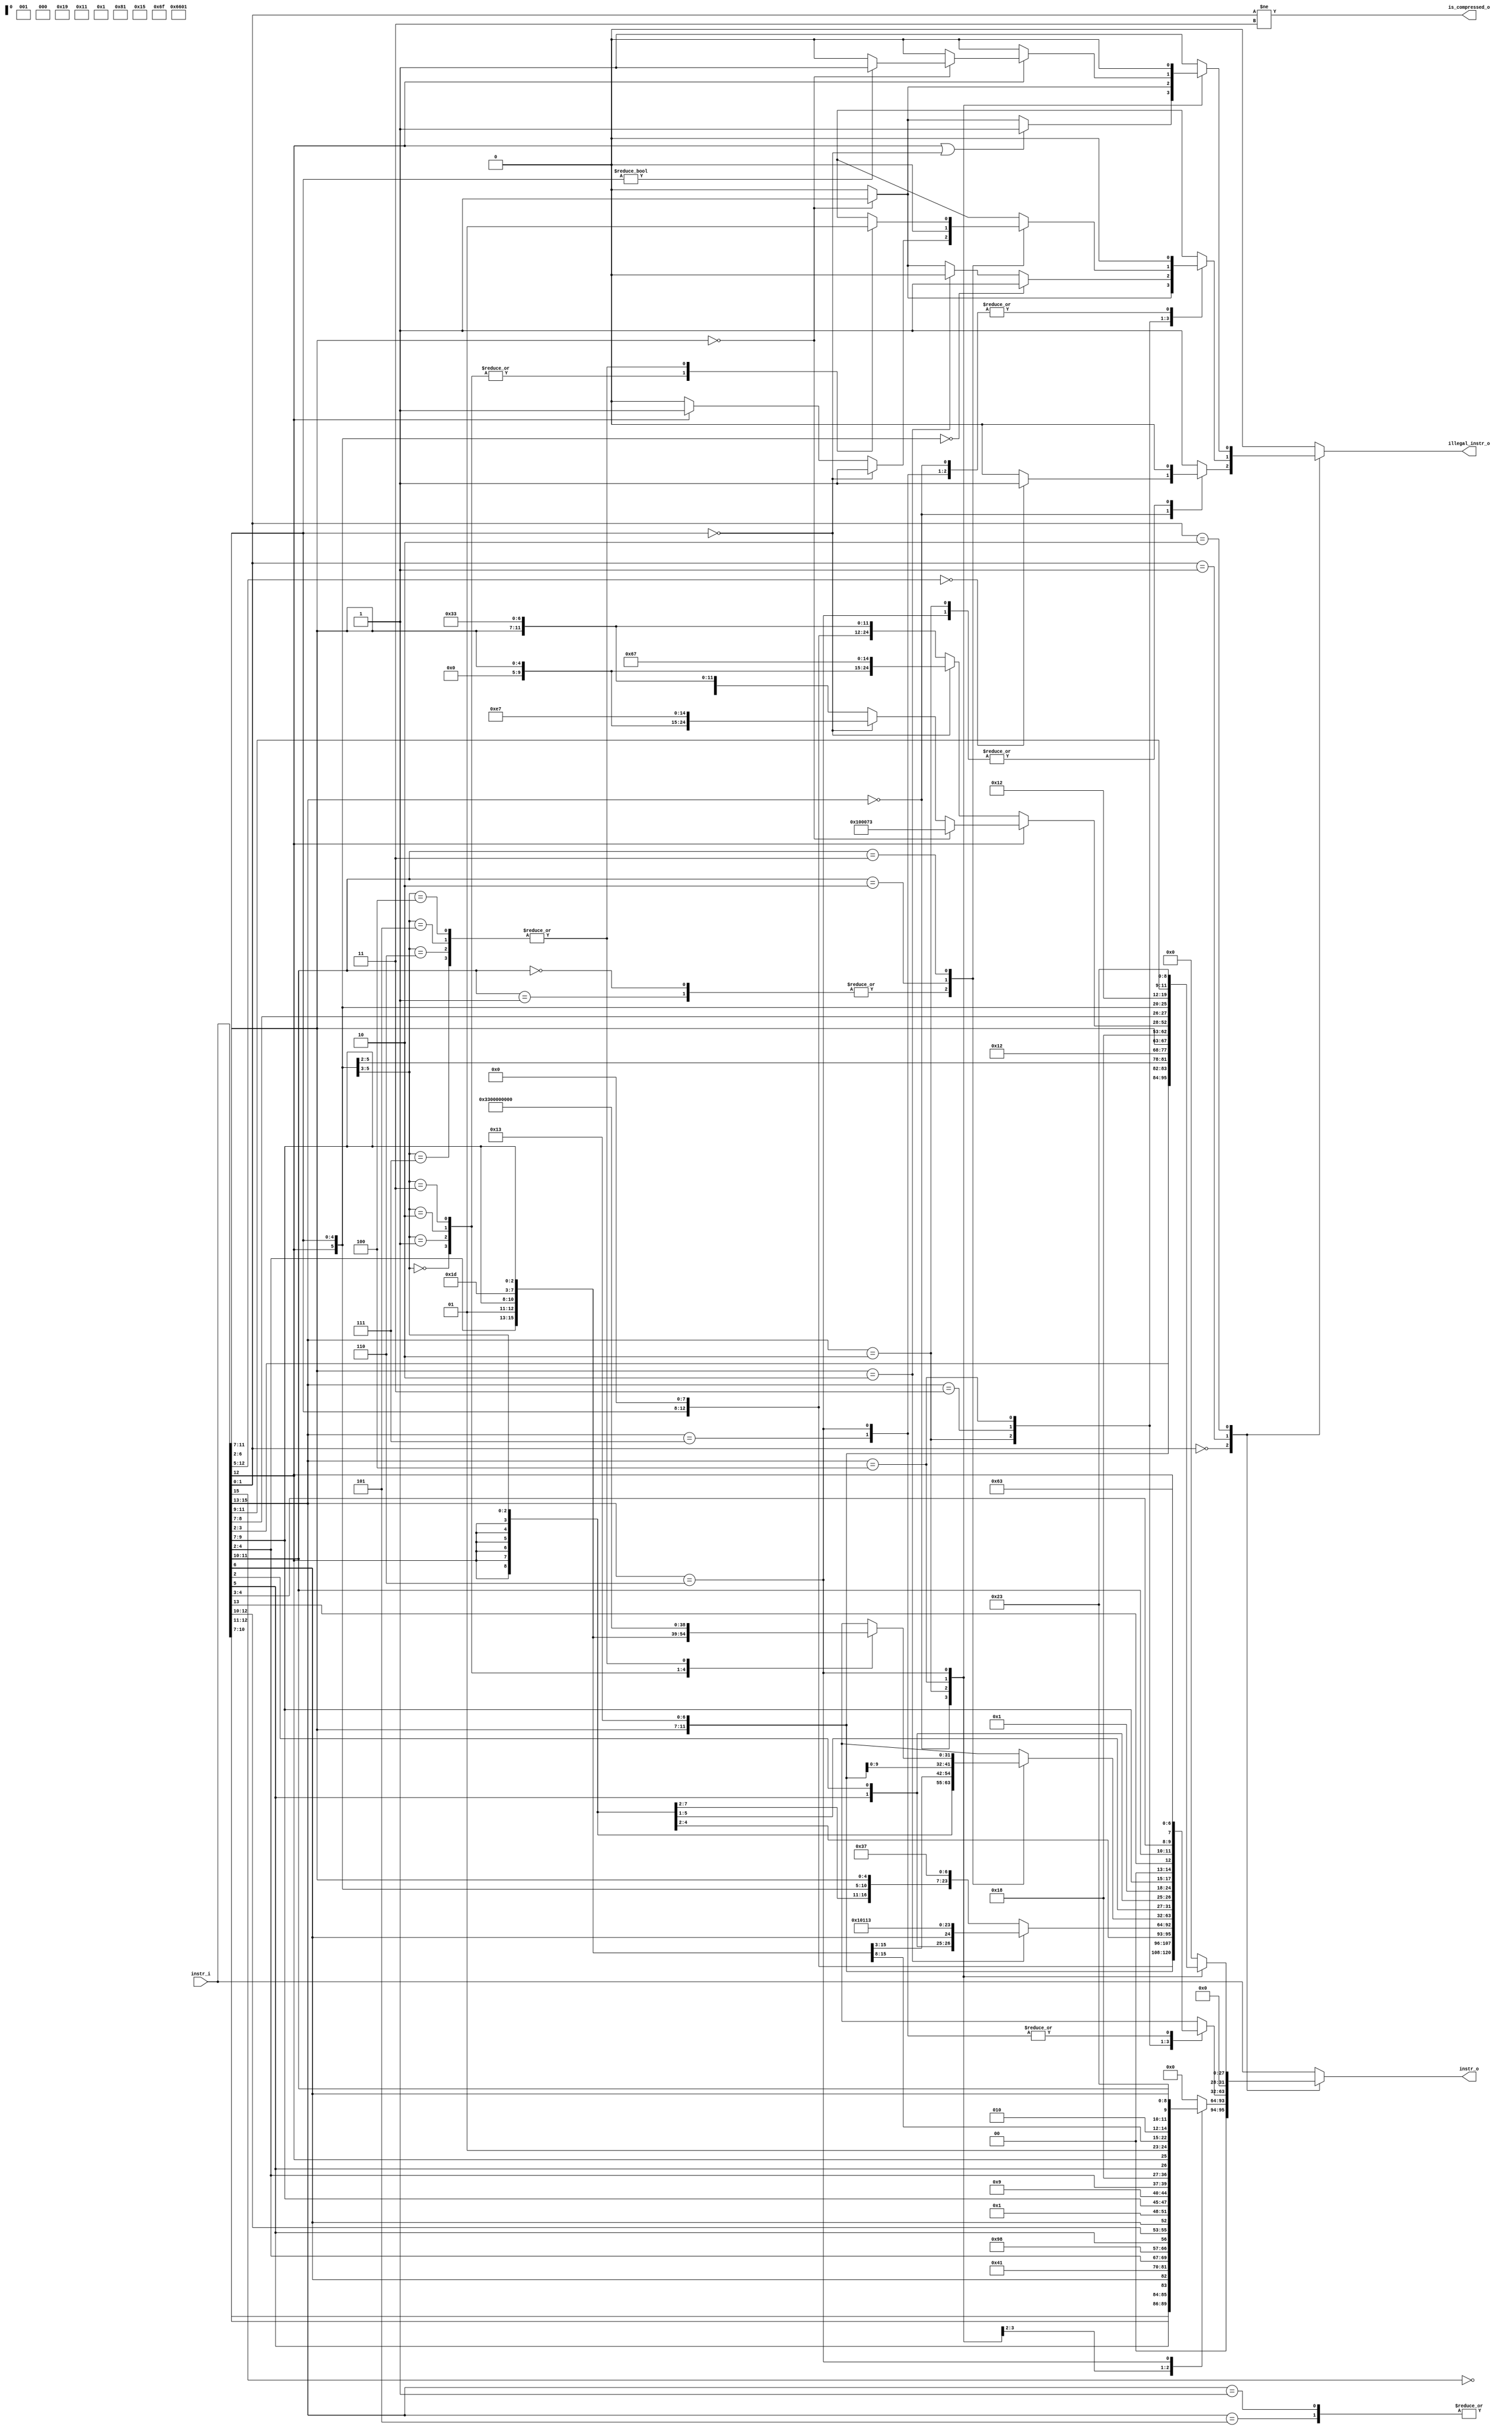
// Copyright lowRISC contributors.
// Copyright 2017 ETH Zurich and University of Bologna.
// Licensed under the Apache License, Version 2.0, see LICENSE for details.
// SPDX-License-Identifier: Apache-2.0

////////////////////////////////////////////////////////////////////////////////
//                                                                            //
// Additional contributions by:                                               //
//                 Sven Stucki - svstucki@student.ethz.ch                     //
//                                                                            //
//                                                                            //
// Design Name:    RISC-V processor core                                      //
// Project Name:   ibex                                                       //
// Language:       SystemVerilog                                              //
//                                                                            //
// Description:    Defines for various constants used by the processor core.  //
//                                                                            //
////////////////////////////////////////////////////////////////////////////////

// Copyright lowRISC contributors.
// Copyright 2017 ETH Zurich and University of Bologna.
// Licensed under the Apache License, Version 2.0, see LICENSE for details.
// SPDX-License-Identifier: Apache-2.0

////////////////////////////////////////////////////////////////////////////////
//                                                                            //
// Additional contributions by:                                               //
//                 Sven Stucki - svstucki@student.ethz.ch                     //
//                                                                            //
//                                                                            //
// Design Name:    RISC-V processor core                                      //
// Project Name:   ibex                                                       //
// Language:       SystemVerilog                                              //
//                                                                            //
// Description:    Defines for various constants used by the processor core.  //
//                                                                            //
////////////////////////////////////////////////////////////////////////////////

module ibex_compressed_decoder (
	instr_i,
	instr_o,
	is_compressed_o,
	illegal_instr_o
);
	input wire [31:0] instr_i;
	output reg [31:0] instr_o;
	output wire is_compressed_o;
	output reg illegal_instr_o;
	localparam [6:0] ibex_defines_OPCODE_BRANCH = 7'h63;
	localparam [6:0] ibex_defines_OPCODE_JAL = 7'h6f;
	localparam [6:0] ibex_defines_OPCODE_JALR = 7'h67;
	localparam [6:0] ibex_defines_OPCODE_LOAD = 7'h03;
	localparam [6:0] ibex_defines_OPCODE_LUI = 7'h37;
	localparam [6:0] ibex_defines_OPCODE_OP = 7'h33;
	localparam [6:0] ibex_defines_OPCODE_OPIMM = 7'h13;
	localparam [6:0] ibex_defines_OPCODE_STORE = 7'h23;
	always @(*) begin
		illegal_instr_o = 1'b0;
		instr_o = {32 {1'sb0}};
		case (instr_i[1:0])
			2'b00:
				case (instr_i[15:13])
					3'b000: begin
						instr_o = {2'b00, instr_i[10:7], instr_i[12:11], instr_i[5], instr_i[6], 2'b00, 5'h02, 3'b000, 2'b01, instr_i[4:2], {ibex_defines_OPCODE_OPIMM}};
						if (instr_i[12:5] == 8'b00000000)
							illegal_instr_o = 1'b1;
					end
					3'b010: instr_o = {5'b00000, instr_i[5], instr_i[12:10], instr_i[6], 2'b00, 2'b01, instr_i[9:7], 3'b010, 2'b01, instr_i[4:2], {ibex_defines_OPCODE_LOAD}};
					3'b110: instr_o = {5'b00000, instr_i[5], instr_i[12], 2'b01, instr_i[4:2], 2'b01, instr_i[9:7], 3'b010, instr_i[11:10], instr_i[6], 2'b00, {ibex_defines_OPCODE_STORE}};
					default: illegal_instr_o = 1'b1;
				endcase
			2'b01:
				case (instr_i[15:13])
					3'b000: instr_o = {{6 {instr_i[12]}}, instr_i[12], instr_i[6:2], instr_i[11:7], 3'b000, instr_i[11:7], {ibex_defines_OPCODE_OPIMM}};
					3'b001, 3'b101: instr_o = {instr_i[12], instr_i[8], instr_i[10:9], instr_i[6], instr_i[7], instr_i[2], instr_i[11], instr_i[5:3], {9 {instr_i[12]}}, 4'b0000, ~instr_i[15], {ibex_defines_OPCODE_JAL}};
					3'b010: begin
						instr_o = {{6 {instr_i[12]}}, instr_i[12], instr_i[6:2], 5'b00000, 3'b000, instr_i[11:7], {ibex_defines_OPCODE_OPIMM}};
						if (instr_i[11:7] == 5'b00000)
							illegal_instr_o = 1'b1;
					end
					3'b011: begin
						instr_o = {{15 {instr_i[12]}}, instr_i[6:2], instr_i[11:7], {ibex_defines_OPCODE_LUI}};
						if (instr_i[11:7] == 5'h02)
							instr_o = {{3 {instr_i[12]}}, instr_i[4:3], instr_i[5], instr_i[2], instr_i[6], 4'b0000, 5'h02, 3'b000, 5'h02, {ibex_defines_OPCODE_OPIMM}};
						else if (instr_i[11:7] == 5'b00000)
							illegal_instr_o = 1'b1;
						if ({instr_i[12], instr_i[6:2]} == 6'b000000)
							illegal_instr_o = 1'b1;
					end
					3'b100:
						case (instr_i[11:10])
							2'b00, 2'b01: begin
								instr_o = {1'b0, instr_i[10], 5'b00000, instr_i[6:2], 2'b01, instr_i[9:7], 3'b101, 2'b01, instr_i[9:7], {ibex_defines_OPCODE_OPIMM}};
								if (instr_i[12] == 1'b1)
									illegal_instr_o = 1'b1;
								if (instr_i[6:2] == 5'b00000)
									illegal_instr_o = 1'b1;
							end
							2'b10: instr_o = {{6 {instr_i[12]}}, instr_i[12], instr_i[6:2], 2'b01, instr_i[9:7], 3'b111, 2'b01, instr_i[9:7], {ibex_defines_OPCODE_OPIMM}};
							2'b11:
								case ({instr_i[12], instr_i[6:5]})
									3'b000: instr_o = {9'b010000001, instr_i[4:2], 2'b01, instr_i[9:7], 3'b000, 2'b01, instr_i[9:7], {ibex_defines_OPCODE_OP}};
									3'b001: instr_o = {9'b000000001, instr_i[4:2], 2'b01, instr_i[9:7], 3'b100, 2'b01, instr_i[9:7], {ibex_defines_OPCODE_OP}};
									3'b010: instr_o = {9'b000000001, instr_i[4:2], 2'b01, instr_i[9:7], 3'b110, 2'b01, instr_i[9:7], {ibex_defines_OPCODE_OP}};
									3'b011: instr_o = {9'b000000001, instr_i[4:2], 2'b01, instr_i[9:7], 3'b111, 2'b01, instr_i[9:7], {ibex_defines_OPCODE_OP}};
									3'b100, 3'b101, 3'b110, 3'b111: illegal_instr_o = 1'b1;
								endcase
						endcase
					3'b110, 3'b111: instr_o = {{4 {instr_i[12]}}, instr_i[6:5], instr_i[2], 5'b00000, 2'b01, instr_i[9:7], 2'b00, instr_i[13], instr_i[11:10], instr_i[4:3], instr_i[12], {ibex_defines_OPCODE_BRANCH}};
					default:
						;
				endcase
			2'b10:
				case (instr_i[15:13])
					3'b000: begin
						instr_o = {7'b0000000, instr_i[6:2], instr_i[11:7], 3'b001, instr_i[11:7], {ibex_defines_OPCODE_OPIMM}};
						if (instr_i[11:7] == 5'b00000)
							illegal_instr_o = 1'b1;
						if ((instr_i[12] == 1'b1) || (instr_i[6:2] == 5'b00000))
							illegal_instr_o = 1'b1;
					end
					3'b010: begin
						instr_o = {4'b0000, instr_i[3:2], instr_i[12], instr_i[6:4], 2'b00, 5'h02, 3'b010, instr_i[11:7], ibex_defines_OPCODE_LOAD};
						if (instr_i[11:7] == 5'b00000)
							illegal_instr_o = 1'b1;
					end
					3'b100:
						if (instr_i[12] == 1'b0) begin
							instr_o = {7'b0000000, instr_i[6:2], 5'b00000, 3'b000, instr_i[11:7], {ibex_defines_OPCODE_OP}};
							if (instr_i[6:2] == 5'b00000)
								instr_o = {12'b000000000000, instr_i[11:7], 3'b000, 5'b00000, {ibex_defines_OPCODE_JALR}};
						end
						else begin
							instr_o = {7'b0000000, instr_i[6:2], instr_i[11:7], 3'b000, instr_i[11:7], {ibex_defines_OPCODE_OP}};
							if (instr_i[11:7] == 5'b00000) begin
								instr_o = 32'h00100073;
								if (instr_i[6:2] != 5'b00000)
									illegal_instr_o = 1'b1;
							end
							else if (instr_i[6:2] == 5'b00000)
								instr_o = {12'b000000000000, instr_i[11:7], 3'b000, 5'b00001, {ibex_defines_OPCODE_JALR}};
						end
					3'b110: instr_o = {4'b0000, instr_i[8:7], instr_i[12], instr_i[6:2], 5'h02, 3'b010, instr_i[11:9], 2'b00, {ibex_defines_OPCODE_STORE}};
					default: illegal_instr_o = 1'b1;
				endcase
			default: instr_o = instr_i;
		endcase
	end
	assign is_compressed_o = instr_i[1:0] != 2'b11;
endmodule